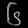
Digit: ၆